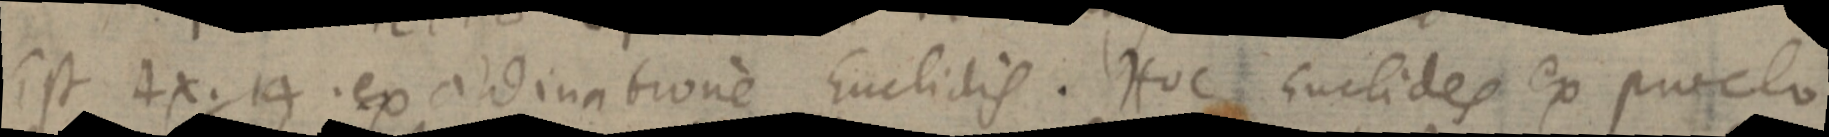
Est 4x. 14. ex addinatione Euclidis. Hoc Euclides ex proclo